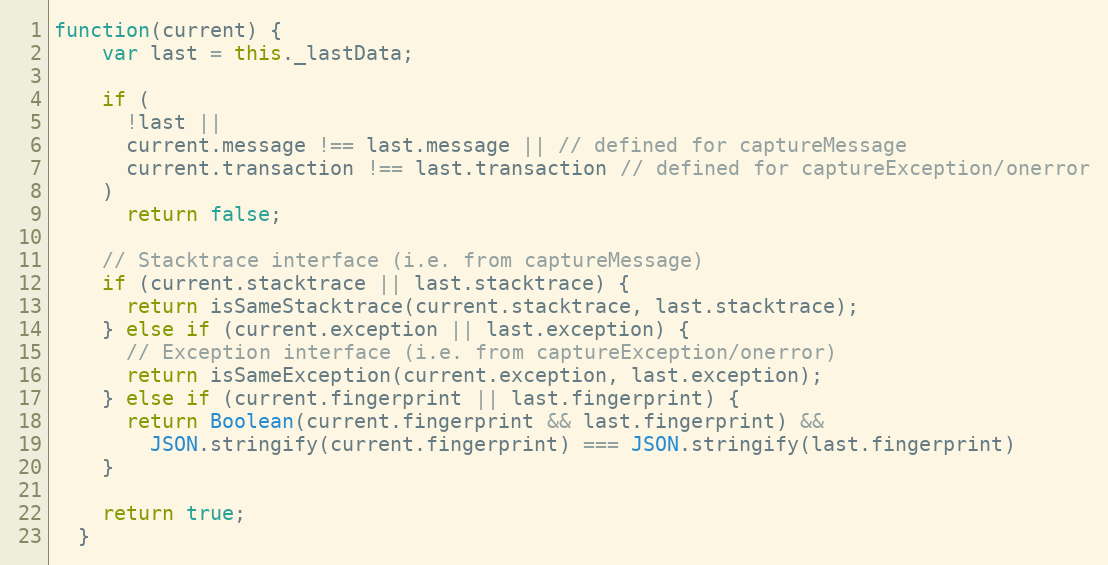
Language: JavaScript
function(current) {
    var last = this._lastData;

    if (
      !last ||
      current.message !== last.message || // defined for captureMessage
      current.transaction !== last.transaction // defined for captureException/onerror
    )
      return false;

    // Stacktrace interface (i.e. from captureMessage)
    if (current.stacktrace || last.stacktrace) {
      return isSameStacktrace(current.stacktrace, last.stacktrace);
    } else if (current.exception || last.exception) {
      // Exception interface (i.e. from captureException/onerror)
      return isSameException(current.exception, last.exception);
    } else if (current.fingerprint || last.fingerprint) {
      return Boolean(current.fingerprint && last.fingerprint) &&
        JSON.stringify(current.fingerprint) === JSON.stringify(last.fingerprint)
    }

    return true;
  }